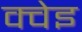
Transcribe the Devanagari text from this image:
क्वेइ